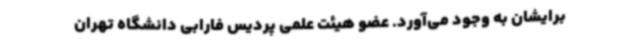
برایشان به وجود می‌آورد. عضو هیئت علمی پردیس فارابی دانشگاه تهران